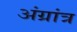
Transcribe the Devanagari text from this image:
अंग्रांत्र